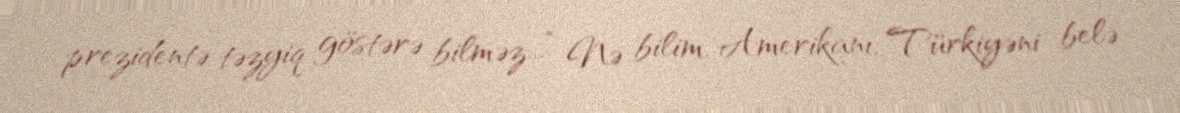
prezidentə təzyiq göstərə bilməz...” Nə bilim, Amerikanı, Türkiyəni belə